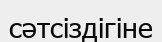
сәтсіздігіне